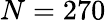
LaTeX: N=270